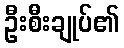
ဦးစီးချုပ်၏